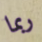
ربما